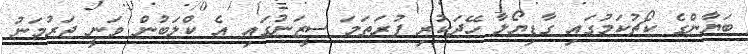
ބަޔާންގެ ކޯޗުކަމުގައި ގާޑިޔޯލާ ހޭދަކުރި ފުރަތަމަ ސީޒަނުގައި އެ ކްލަބުން ވަނީ ޖަރުމަނު